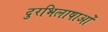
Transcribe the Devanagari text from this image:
दुरभिलाषाओं